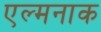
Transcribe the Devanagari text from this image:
एल्मनाक